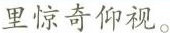
里惊奇仰视。